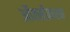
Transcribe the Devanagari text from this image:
ऑक्सीकरक